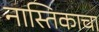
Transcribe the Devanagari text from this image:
नास्तिकाचा